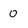
Character: 0